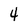
Character: 4